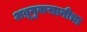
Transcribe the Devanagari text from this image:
अब्रूनुकसानीचा